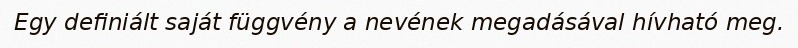
Egy definiált saját függvény a nevének megadásával hívható meg.